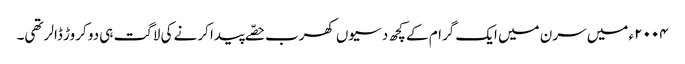
٢٠٠٤ء میں سرن میں ایک گرام کے کچھ دسیوں کھرب حصّے پیدا کرنے کی لاگت ہی دو کروڑ ڈالر تھی۔